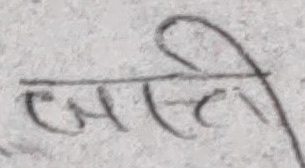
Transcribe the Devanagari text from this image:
जाती